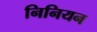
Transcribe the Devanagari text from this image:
निनियन